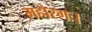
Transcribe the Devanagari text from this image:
महोरगः।